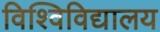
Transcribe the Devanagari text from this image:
विश्विविद्यालय